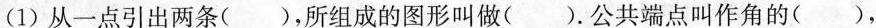
(1)从一点引出两条()，所组成的图形叫做()。公共端点叫作角的()，